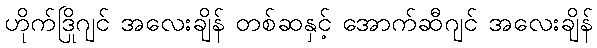
ဟိုက်ဒြိုဂျင် အလေးချိန် တစ်ဆနှင့် အောက်ဆီဂျင် အလေးချိန်